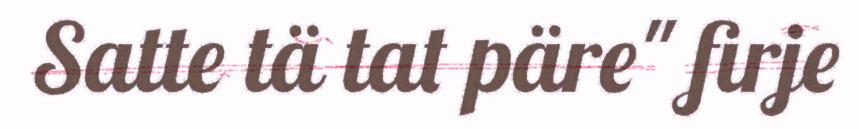
Satte tä tat päre" firje